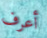
أعرف